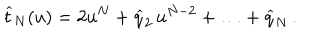
\widehat t _ { N } ( u ) = 2 u ^ { N } + \widehat q _ { 2 } \, u ^ { N - 2 } + \ldots + \widehat q _ { N } \, .